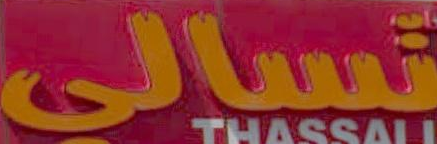
تسالي